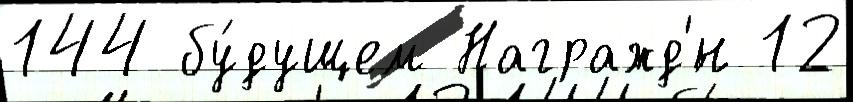
144 бу́дущем Награжд'́н 12